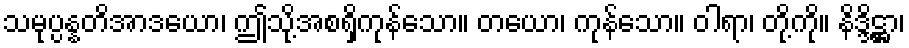
သမုပ္ပန္နတိအာဒယော၊ ဤသို့အစရှိကုန်သော။ တယော၊ ကုန်သော။ ဝါရာ၊ တို့ကို။ နိဒ္ဒိဋ္ဌာ၊